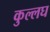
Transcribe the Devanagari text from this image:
कुल्लघ